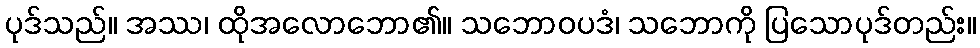
ပုဒ်သည်။ အဿ၊ ထိုအလောဘော၏။ သဘောဝပဒံ၊ သဘောကို ပြသောပုဒ်တည်း။